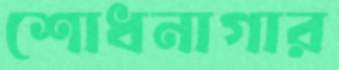
শোধনাগার